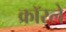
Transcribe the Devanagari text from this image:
क्रॉस्ले